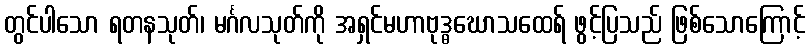
တွင်ပါသော ရတနသုတ်၊ မင်္ဂလသုတ်ကို အရှင်မဟာဗုဒ္ဓဃောသထေရ် ဖွင့်ပြသည် ဖြစ်သောကြောင့်